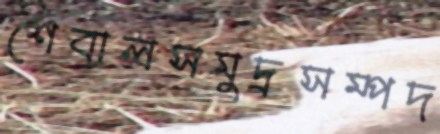
শৈবালসমুদ্রসম্পদ